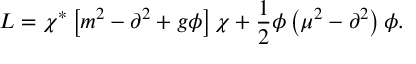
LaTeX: { \cal L } = \chi ^ { \ast } \left[ m ^ { 2 } - \partial ^ { 2 } + g \phi \right] \chi + \frac { 1 } { 2 } \phi \left( \mu ^ { 2 } - \partial ^ { 2 } \right) \phi .